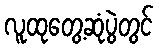
လူထုတွေ့ဆုံပွဲတွင်